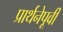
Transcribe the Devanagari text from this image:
प्रार्थनेपूर्वी